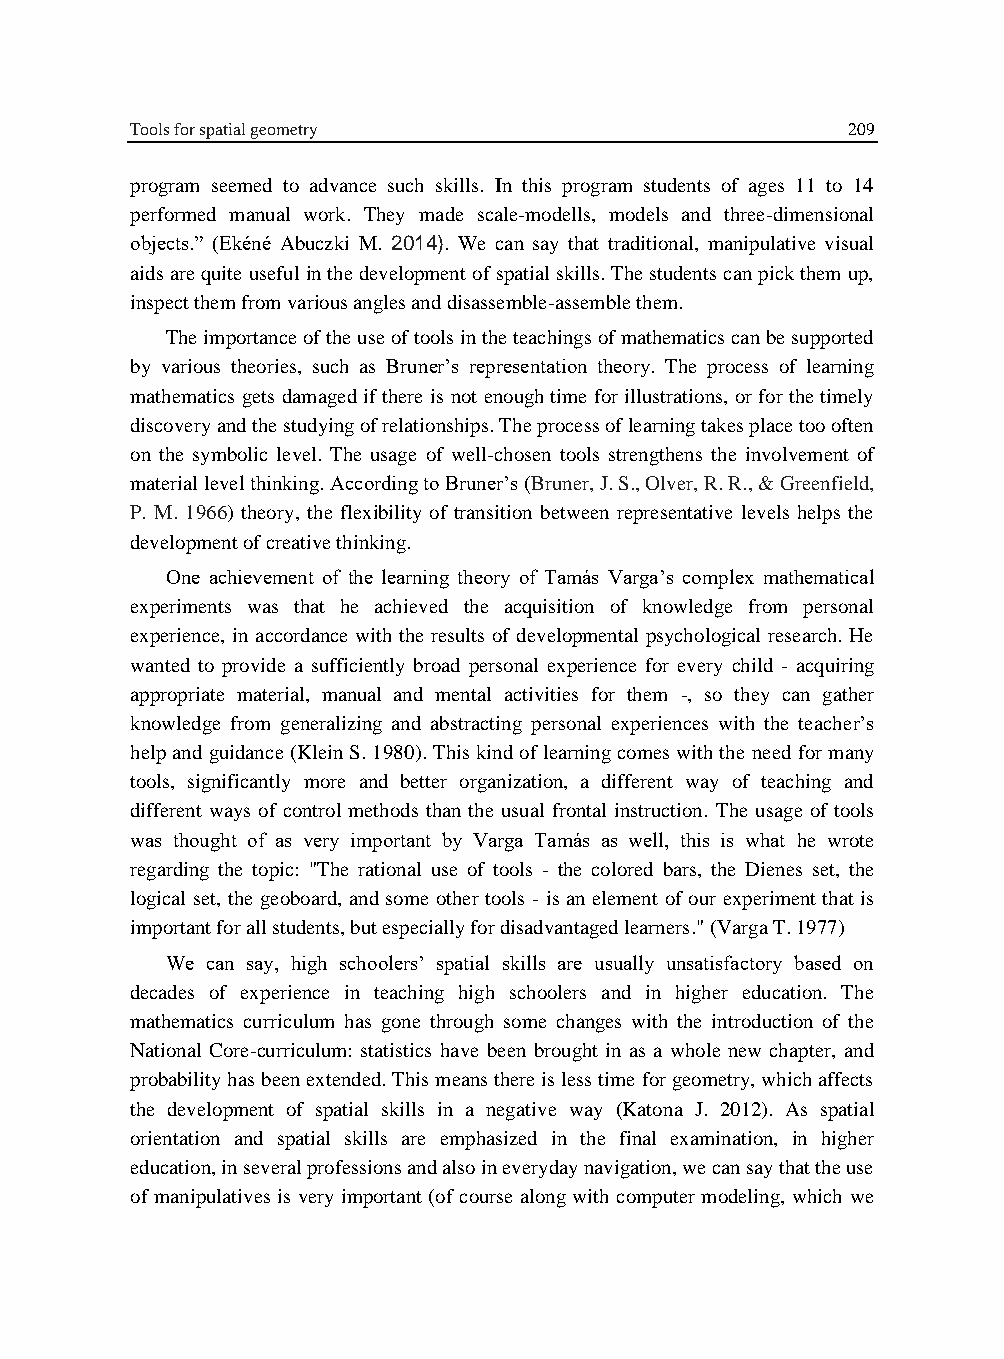
Tools for spatial geometry                     209
 program seemed to advance such skills. In this program students of ages 11 to 14
 performed manual work. They made scale-modells, models and three-dimensional
 objects.” (Ekéné Abuczki M. 2014). We can say that traditional, manipulative visual
 aids are quite useful in the development of spatial skills. The students can pick them up,
 inspect them from various angles and disassemble-assemble them.
 The importance of the use of tools in the teachings of mathematics can be supported
 by various theories, such as Bruner’s representation theory. The process of learning
 mathematics gets damaged if there is not enough time for illustrations, or for the timely
 discovery and the studying of relationships. The process of learning takes place too often
 on the symbolic level. The usage of well-chosen tools strengthens the involvement of
 material level thinking. According to Bruner’s (Bruner, J. S., Olver, R. R., & Greenfield,
 P. M. 1966) theory, the flexibility of transition between representative levels helps the
 development of creative thinking.
 One achievement of the learning theory of Tamás Varga’s complex mathematical
 experiments was that he achieved the acquisition of knowledge from personal
 experience, in accordance with the results of developmental psychological research. He
 wanted to provide a sufficiently broad personal experience for every child - acquiring
 appropriate material, manual and mental activities for them -, so they can gather
 knowledge from generalizing and abstracting personal experiences with the teacher’s
 help and guidance (Klein S. 1980). This kind of learning comes with the need for many
 tools, significantly more and better organization, a different way of teaching and
 different ways of control methods than the usual frontal instruction. The usage of tools
 was thought of as very important by Varga Tamás as well, this is what he wrote
 regarding the topic: "The rational use of tools - the colored bars, the Dienes set, the
 logical set, the geoboard, and some other tools - is an element of our experiment that is
 important for all students, but especially for disadvantaged learners." (Varga T. 1977)
 We can say, high schoolers’ spatial skills are usually unsatisfactory based on
 decades of experience in teaching high schoolers and in higher education. The
 mathematics curriculum has gone through some changes with the introduction of the
 National Core-curriculum: statistics have been brought in as a whole new chapter, and
 probability has been extended. This means there is less time for geometry, which affects
 the development of spatial skills in a negative way (Katona J. 2012). As spatial
 orientation and spatial skills are emphasized in the final examination, in higher
 education, in several professions and also in everyday navigation, we can say that the use
 of manipulatives is very important (of course along with computer modeling, which we